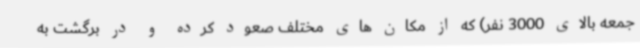
جمعه بالای 3000 نفر) که از مکان های مختلف صعود کرده و در برگشت به